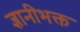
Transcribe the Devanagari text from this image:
ज्ञानीभक्त